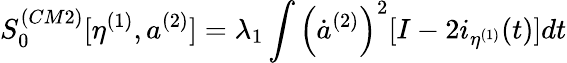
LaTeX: S_{0}^{(CM2)}[\eta^{(1)},a^{(2)}]=\lambda_{1}\int\left(\dot{a}^{(2)}\right)^{2}[I-2i_{\eta^{(1)}}(t)]dt